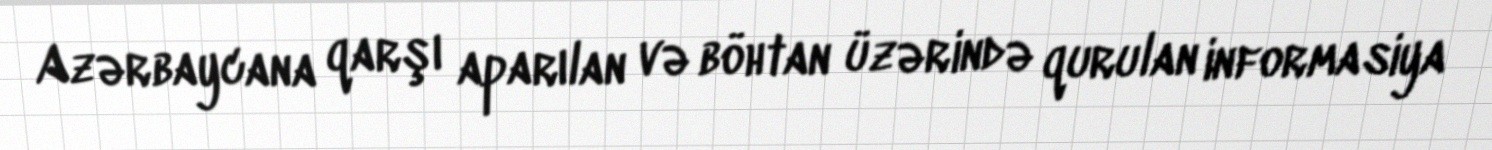
Azərbaycana qarşı aparılan və böhtan üzərində qurulan informasiya